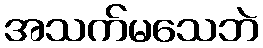
အသက်မသေဘဲ